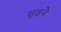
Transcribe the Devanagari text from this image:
ढुढने